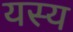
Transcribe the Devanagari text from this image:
यस्‍य